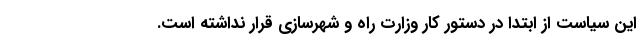
این سیاست از ابتدا در دستور کار وزارت راه و شهرسازی قرار نداشته است.